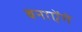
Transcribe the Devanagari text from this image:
बनाऐंगे